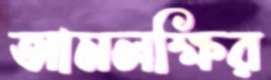
আমলক্ষির